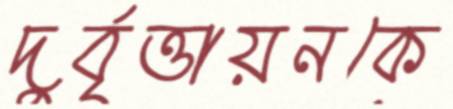
দুর্বৃত্তায়নকে